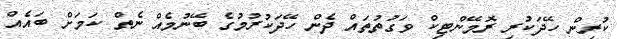
ކުރިން ހޭދަކުރި ރޮމޭންޓިކް ވަގުތުތައް ދެން ހޭދަކުރުމުގެ ބޭނުމެއް ނެތް ކަމަށް ބައެއް